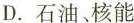
D.石油、核能